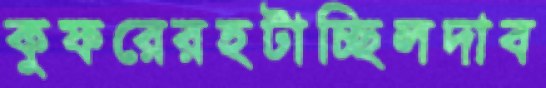
কুফরেরহটাচ্ছিলদাব